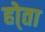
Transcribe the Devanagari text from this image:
हो्ता